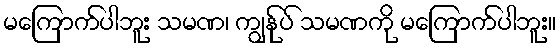
မကြောက်ပါဘူး သမဏ၊ ကျွန်ုပ် သမဏကို မကြောက်ပါဘူး။